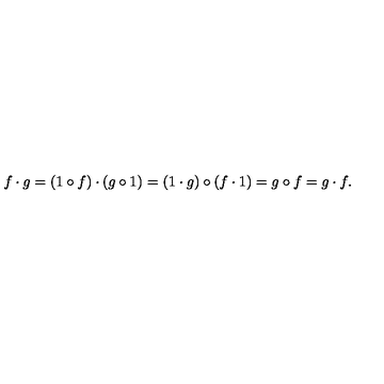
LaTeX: f \cdot g = ( 1 \circ f ) \cdot ( g \circ 1 ) = ( 1 \cdot g ) \circ ( f \cdot 1 ) = g \circ f = g \cdot f .